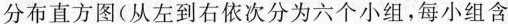
分布直方图(从左到右依次分为六个小组，每小组含